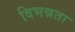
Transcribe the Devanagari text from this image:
विभन्नता